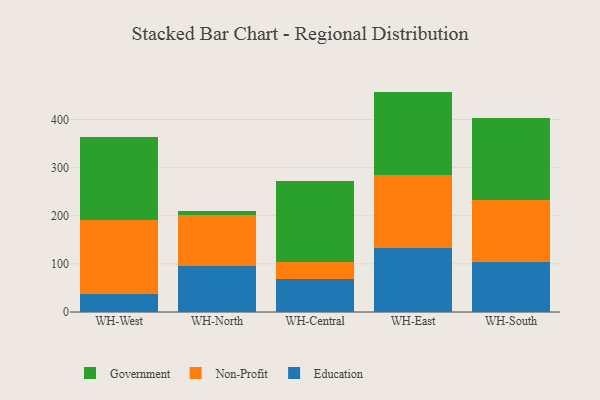
{"axis": {"x": "Warehouse", "y": "Latency (ms)"}, "legend": ["Education", "Government", "Non-Profit"], "data": [{"x": "WH-West", "y": 36.5, "type": "Education"}, {"x": "WH-West", "y": 154.8, "type": "Non-Profit"}, {"x": "WH-West", "y": 172.0, "type": "Government"}, {"x": "WH-North", "y": 95.0, "type": "Education"}, {"x": "WH-North", "y": 107.5, "type": "Non-Profit"}, {"x": "WH-North", "y": 8.3, "type": "Government"}, {"x": "WH-Central", "y": 67.6, "type": "Education"}, {"x": "WH-Central", "y": 36.4, "type": "Non-Profit"}, {"x": "WH-Central", "y": 168.0, "type": "Government"}, {"x": "WH-East", "y": 132.3, "type": "Education"}, {"x": "WH-East", "y": 151.5, "type": "Non-Profit"}, {"x": "WH-East", "y": 174.3, "type": "Government"}, {"x": "WH-South", "y": 103.0, "type": "Education"}, {"x": "WH-South", "y": 129.9, "type": "Non-Profit"}, {"x": "WH-South", "y": 170.1, "type": "Government"}]}